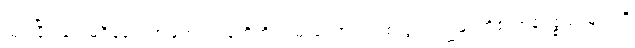
ယှဉ်ပြိုင်ခြင်းမရှိခဲ့ပေ ဤကျောက်ခဲ့တို့ကို လမ်းကြောင်းတစ်သွယ် ကျွန်ုပ်တို့၏ကုန်ပစ္စည်းများကို